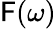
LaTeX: \mathsf{F}(\omega)